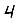
Digit: 4